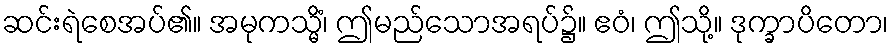
ဆင်းရဲစေအပ်၏။ အမုကသ္မိံ၊ ဤမည်သောအရပ်၌။ ဧဝံ၊ ဤသို့။ ဒုက္ခာပိတော၊